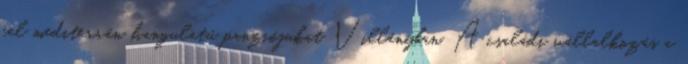
fel mediterrán hangulatú panziójukat Villányban. A családi vállalkozás a